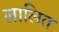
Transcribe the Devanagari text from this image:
लालित